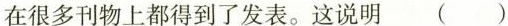
在很多刊物上都得到了发表。这说明()